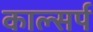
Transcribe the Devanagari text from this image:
काल्सर्प